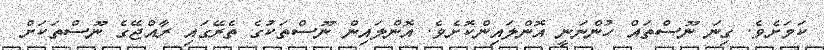
ކަމަށެވެ. ގިނަ ނޫސްތައް ހުންނަނީ އޮންލައިންކޮށެވެ. އޮންލައިން ނޫސްތަކުގެ ތެރޭގައި ރާއްޖޭގެ ނޫސްތަކަށް